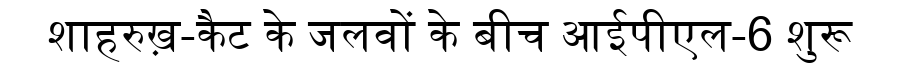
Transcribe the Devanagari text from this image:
शाहरुख़-कैट के जलवों के बीच आईपीएल-6 शुरू